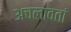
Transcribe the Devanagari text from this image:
अचलावतां